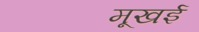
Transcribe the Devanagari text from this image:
मूखई